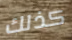
كذلك